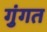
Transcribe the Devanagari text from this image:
गुंगत